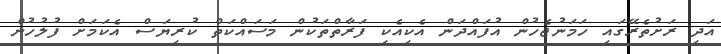
އަދި ރަށުތެރޭގައި ހަމަނުޖެހުން އުފައްދަން އެކިއެކި ފަރާތްތަކުން މަސައްކަތް ކުރިޔަސް އެކަމަށް ފުލުހުން